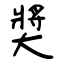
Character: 奬